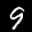
Label: 9